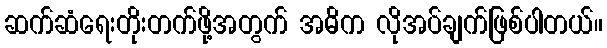
ဆက်ဆံရေးတိုးတက်ဖို့အတွက် အဓိက လိုအပ်ချက်ဖြစ်ပါတယ်။